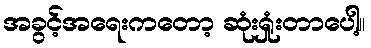
အခွင့်အရေးကတော့ ဆုံးရှုံးတာပေါ့။